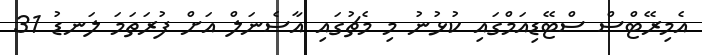
އެމިރޭޓްްސް ސްޓޭޑިއަމްގައި ކުޅުނު މި މެޗުގައި އާސެނަލް އަށް ފުރަތަމަ ލަނޑު 31